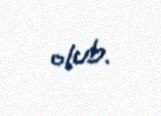
olub.